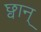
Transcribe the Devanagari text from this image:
छ्वान्